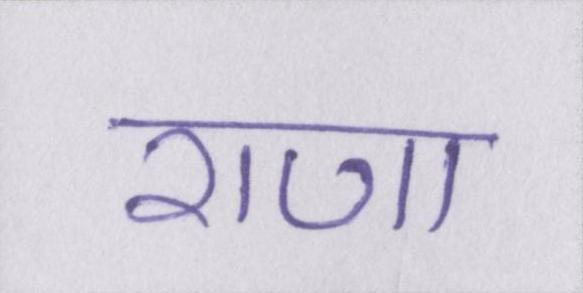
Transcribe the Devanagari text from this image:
राणा